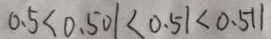
0 . 5 < 0 . 5 0 1 < 0 . 5 1 < 0 . 5 1 1